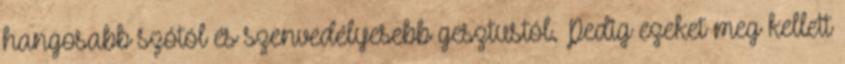
hangosabb szótól és szenvedélyesebb gesztustól. Pedig ezeket meg kellett